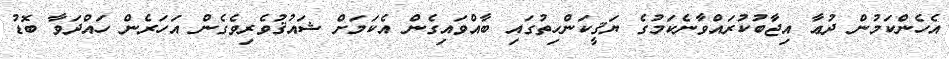
އެހެންކަމުން ދުޢާ އިޖާބުކުރައްވާނެކަމުގެ ޔަޤީކަންހިތުގައި ބާއްވައިގެން އެކަމަށް ޝައުޤުވެރިވެގެން އަހަރެން ހައްދަވާ ބޮޑު